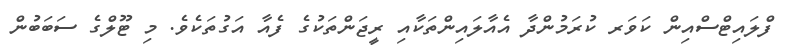
ފްލައިޓްސްއިން ކަވަރ ކުރަމުންދާ އެއާލައިންތަކާއި ރީޖަންތަކުގެ ފެއާ އަގުތަކެވެ. މި ޓޫލްގެ ސަބަބުން